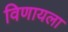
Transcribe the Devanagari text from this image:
विणायला